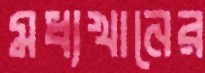
মধ্যখানের